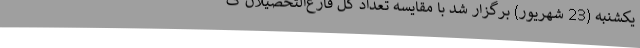
یکشنبه (23 شهریور) برگزار شد با مقایسه‌ تعداد کل فارغ‌التحصیلان ک